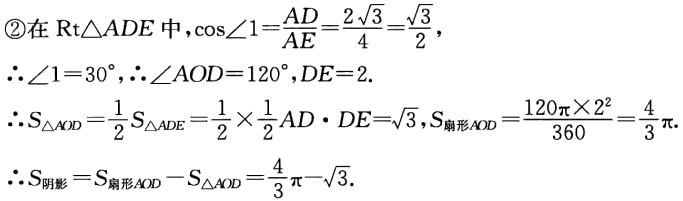
\begin{align*}

&\textcircled{2}\text{在}\mathrm{Rt}\triangle ADE\text{中},\cos\angle1 = \frac{AD}{AE}=\frac{2\sqrt{3}}{4}=\frac{\sqrt{3}}{2},\\

&\therefore\angle1 = 30^{\circ},\therefore\angle AOD = 120^{\circ},DE = 2.\\

&\therefore S_{\triangle AOD}=\frac{1}{2}S_{\triangle ADE}=\frac{1}{2}\times\frac{1}{2}AD\cdot DE=\sqrt{3},S_{\text{扇形}AOD}=\frac{120\pi\times2^{2}}{360}=\frac{4}{3}\pi.\\

&\therefore S_{\text{阴影}} = S_{\text{扇形}AOD}-S_{\triangle AOD}=\frac{4}{3}\pi - \sqrt{3}.

\end{align*}